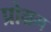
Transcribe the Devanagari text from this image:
प्रोग्रम